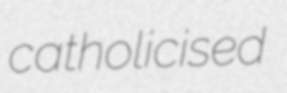
catholicised